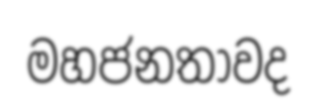
මහජනතාවද